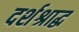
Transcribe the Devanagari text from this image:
दर्शश्राद्ध